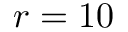
r = 1 0